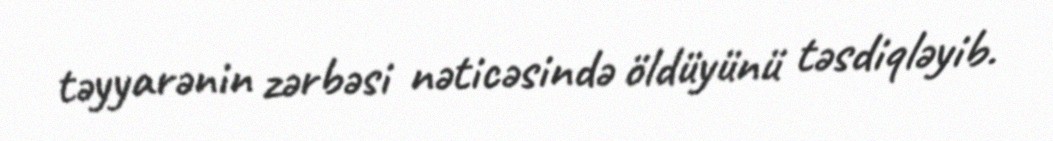
təyyarənin zərbəsi nəticəsində öldüyünü təsdiqləyib.